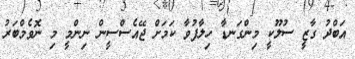
އަބްދު ގާޒީ ސުލޫކީ މިންގަނޑާ ހިލާފުވާ ކަމަށް ޖޭއެސްސީން ނިންމީ މި ނޮވެމްބަރު